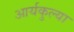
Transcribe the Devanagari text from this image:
आर्यकुल्या